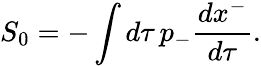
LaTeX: S_{0}=-\int d\tau\, p_{-}{\frac{dx^{-}}{d\tau}}.